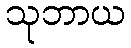
သုဘာယ